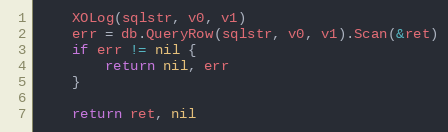
Language: Go
	XOLog(sqlstr, v0, v1)
	err = db.QueryRow(sqlstr, v0, v1).Scan(&ret)
	if err != nil {
		return nil, err
	}

	return ret, nil